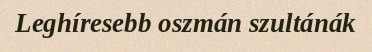
Leghíresebb oszmán szultánák